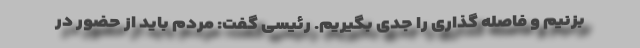
بزنیم و فاصله گذاری را جدی بگیریم. رئیسی گفت: مردم باید از حضور در